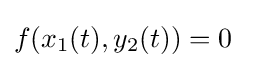
f(x_{1}(t),y_{2}(t))=0\